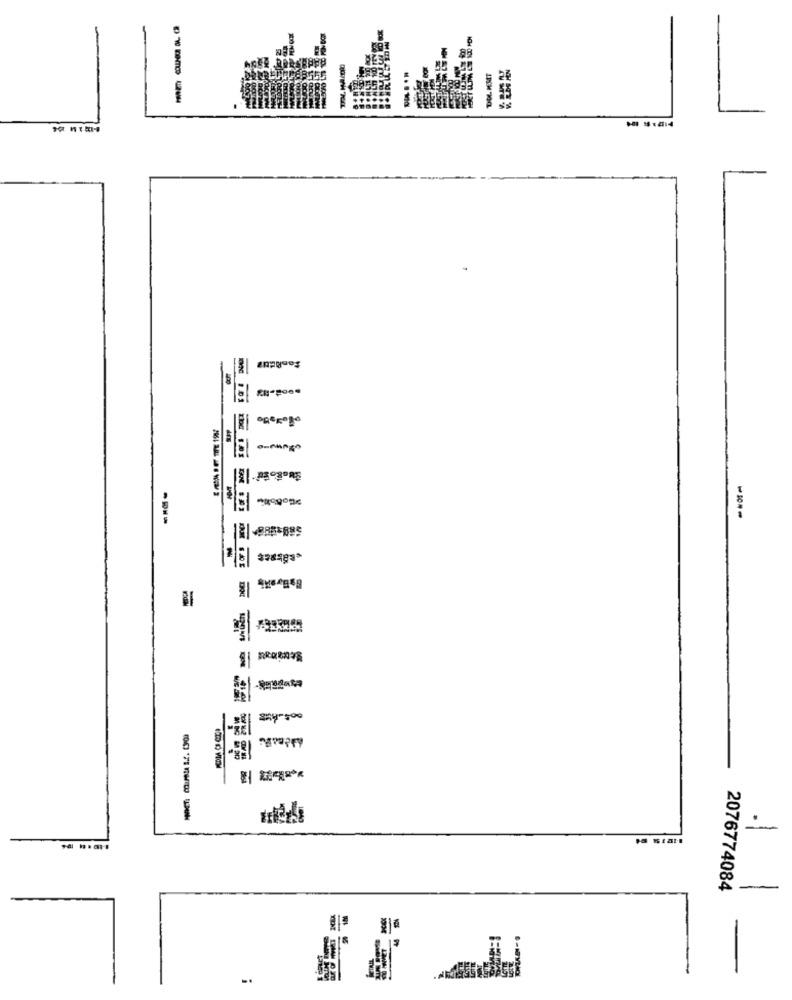
--.. 414
1.P309ORS
-
2076774084
-.